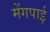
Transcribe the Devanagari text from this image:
मेंगपाई